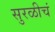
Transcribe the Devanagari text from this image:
सुरळीचं